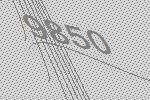
9850